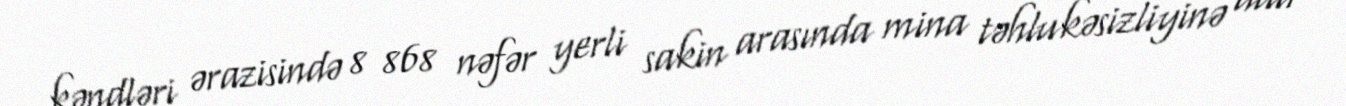
kəndləri ərazisində 8 868 nəfər yerli sakin arasında mina təhlukəsizliyinə dair